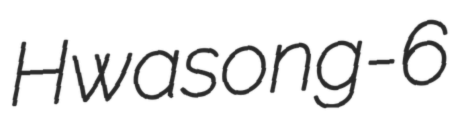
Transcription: Hwasong-6